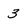
Character: 3